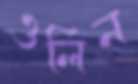
ওলিন